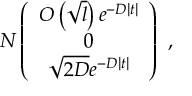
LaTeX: N \left( \begin{array} { c } { { { \cal { O } } \left( \sqrt { l } \right) e ^ { - D | t | } } } \\ { { 0 } } \\ { { \sqrt { 2 D } e ^ { - D | t | } } } \end{array} \right) ~ ,